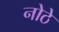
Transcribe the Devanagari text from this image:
नोठे